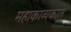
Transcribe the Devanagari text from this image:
महाकाव्‍यकाल